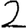
Digit: 2